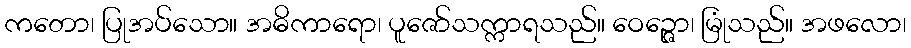
ကတော၊ ပြုအပ်သော။ အဓိကာရော၊ ပူဇော်သက္ကာရသည်။ ဝေဉ္ဇော၊ မြုံသည်။ အဖလော၊